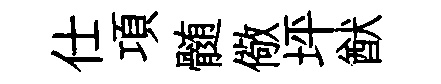
仕項髄儆坪猷